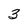
Character: 3